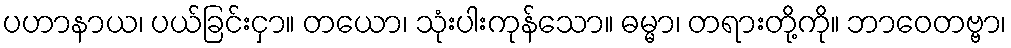
ပဟာနာယ၊ ပယ်ခြင်းငှာ။ တယော၊ သုံးပါးကုန်သော။ ဓမ္မာ၊ တရားတို့ကို။ ဘာဝေတဗ္ဗာ၊